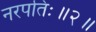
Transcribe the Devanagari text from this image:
नरपतिः॥२॥